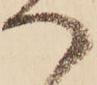
へ